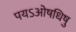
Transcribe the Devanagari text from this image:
पयऽओषधिषु